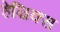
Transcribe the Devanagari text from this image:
हेन्रिक्स